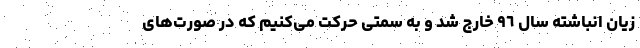
زیان انباشته سال ٩٦ خارج شد و به سمتی حرکت می‌کنیم که در صورت‌های